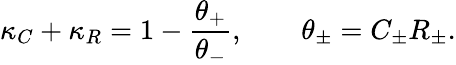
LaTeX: \kappa_{C}+\kappa_{R}=1-\frac{\theta_{+}}{\theta_{-}},\qquad\theta_{\pm}=C_{\pm}R_{\pm}.